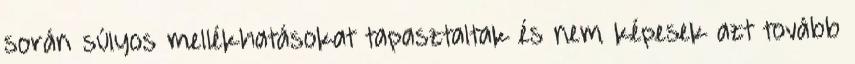
során súlyos mellékhatásokat tapasztaltak és nem képesek azt tovább